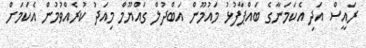
ރައީސް އަދި އެކަމަނާގެ ބައްޕާފުޅު މައުމޫން އަބްދުލް ގައްޔޫމް މިއަދު ކުރެއްވުމުން އެކަމަށް